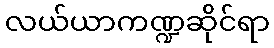
လယ်ယာကဏ္ဍဆိုင်ရာ